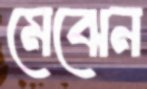
মেঝেন